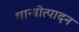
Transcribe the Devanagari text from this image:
धान्योत्पादन